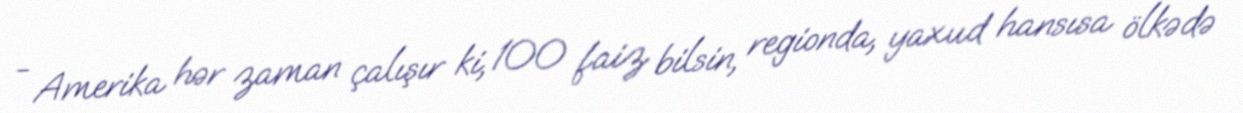
- Amerika hər zaman çalışır ki, 100 faiz bilsin, regionda, yaxud hansısa ölkədə